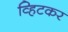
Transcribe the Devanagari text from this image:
व्हिटकर